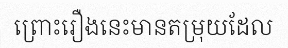
ព្រោះរឿងនេះមានតម្រុយដែល